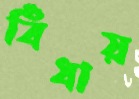
বিঁধায়